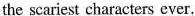
the scariest characters ever.